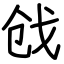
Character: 戗